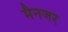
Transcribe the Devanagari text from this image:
मैनजर